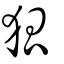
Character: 狐